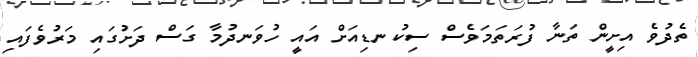
ތެދުވެ އިށީން ތަނާ ފުރަތަމަވެސް ސިކުނޑިއަށް އައީ ހުވަނދުމާ ގަސް ދަށުގައި މަރުވެފައި